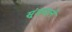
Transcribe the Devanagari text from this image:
सूंडवाले